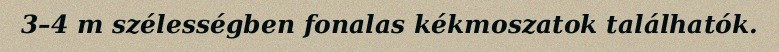
3–4 m szélességben fonalas kékmoszatok találhatók.